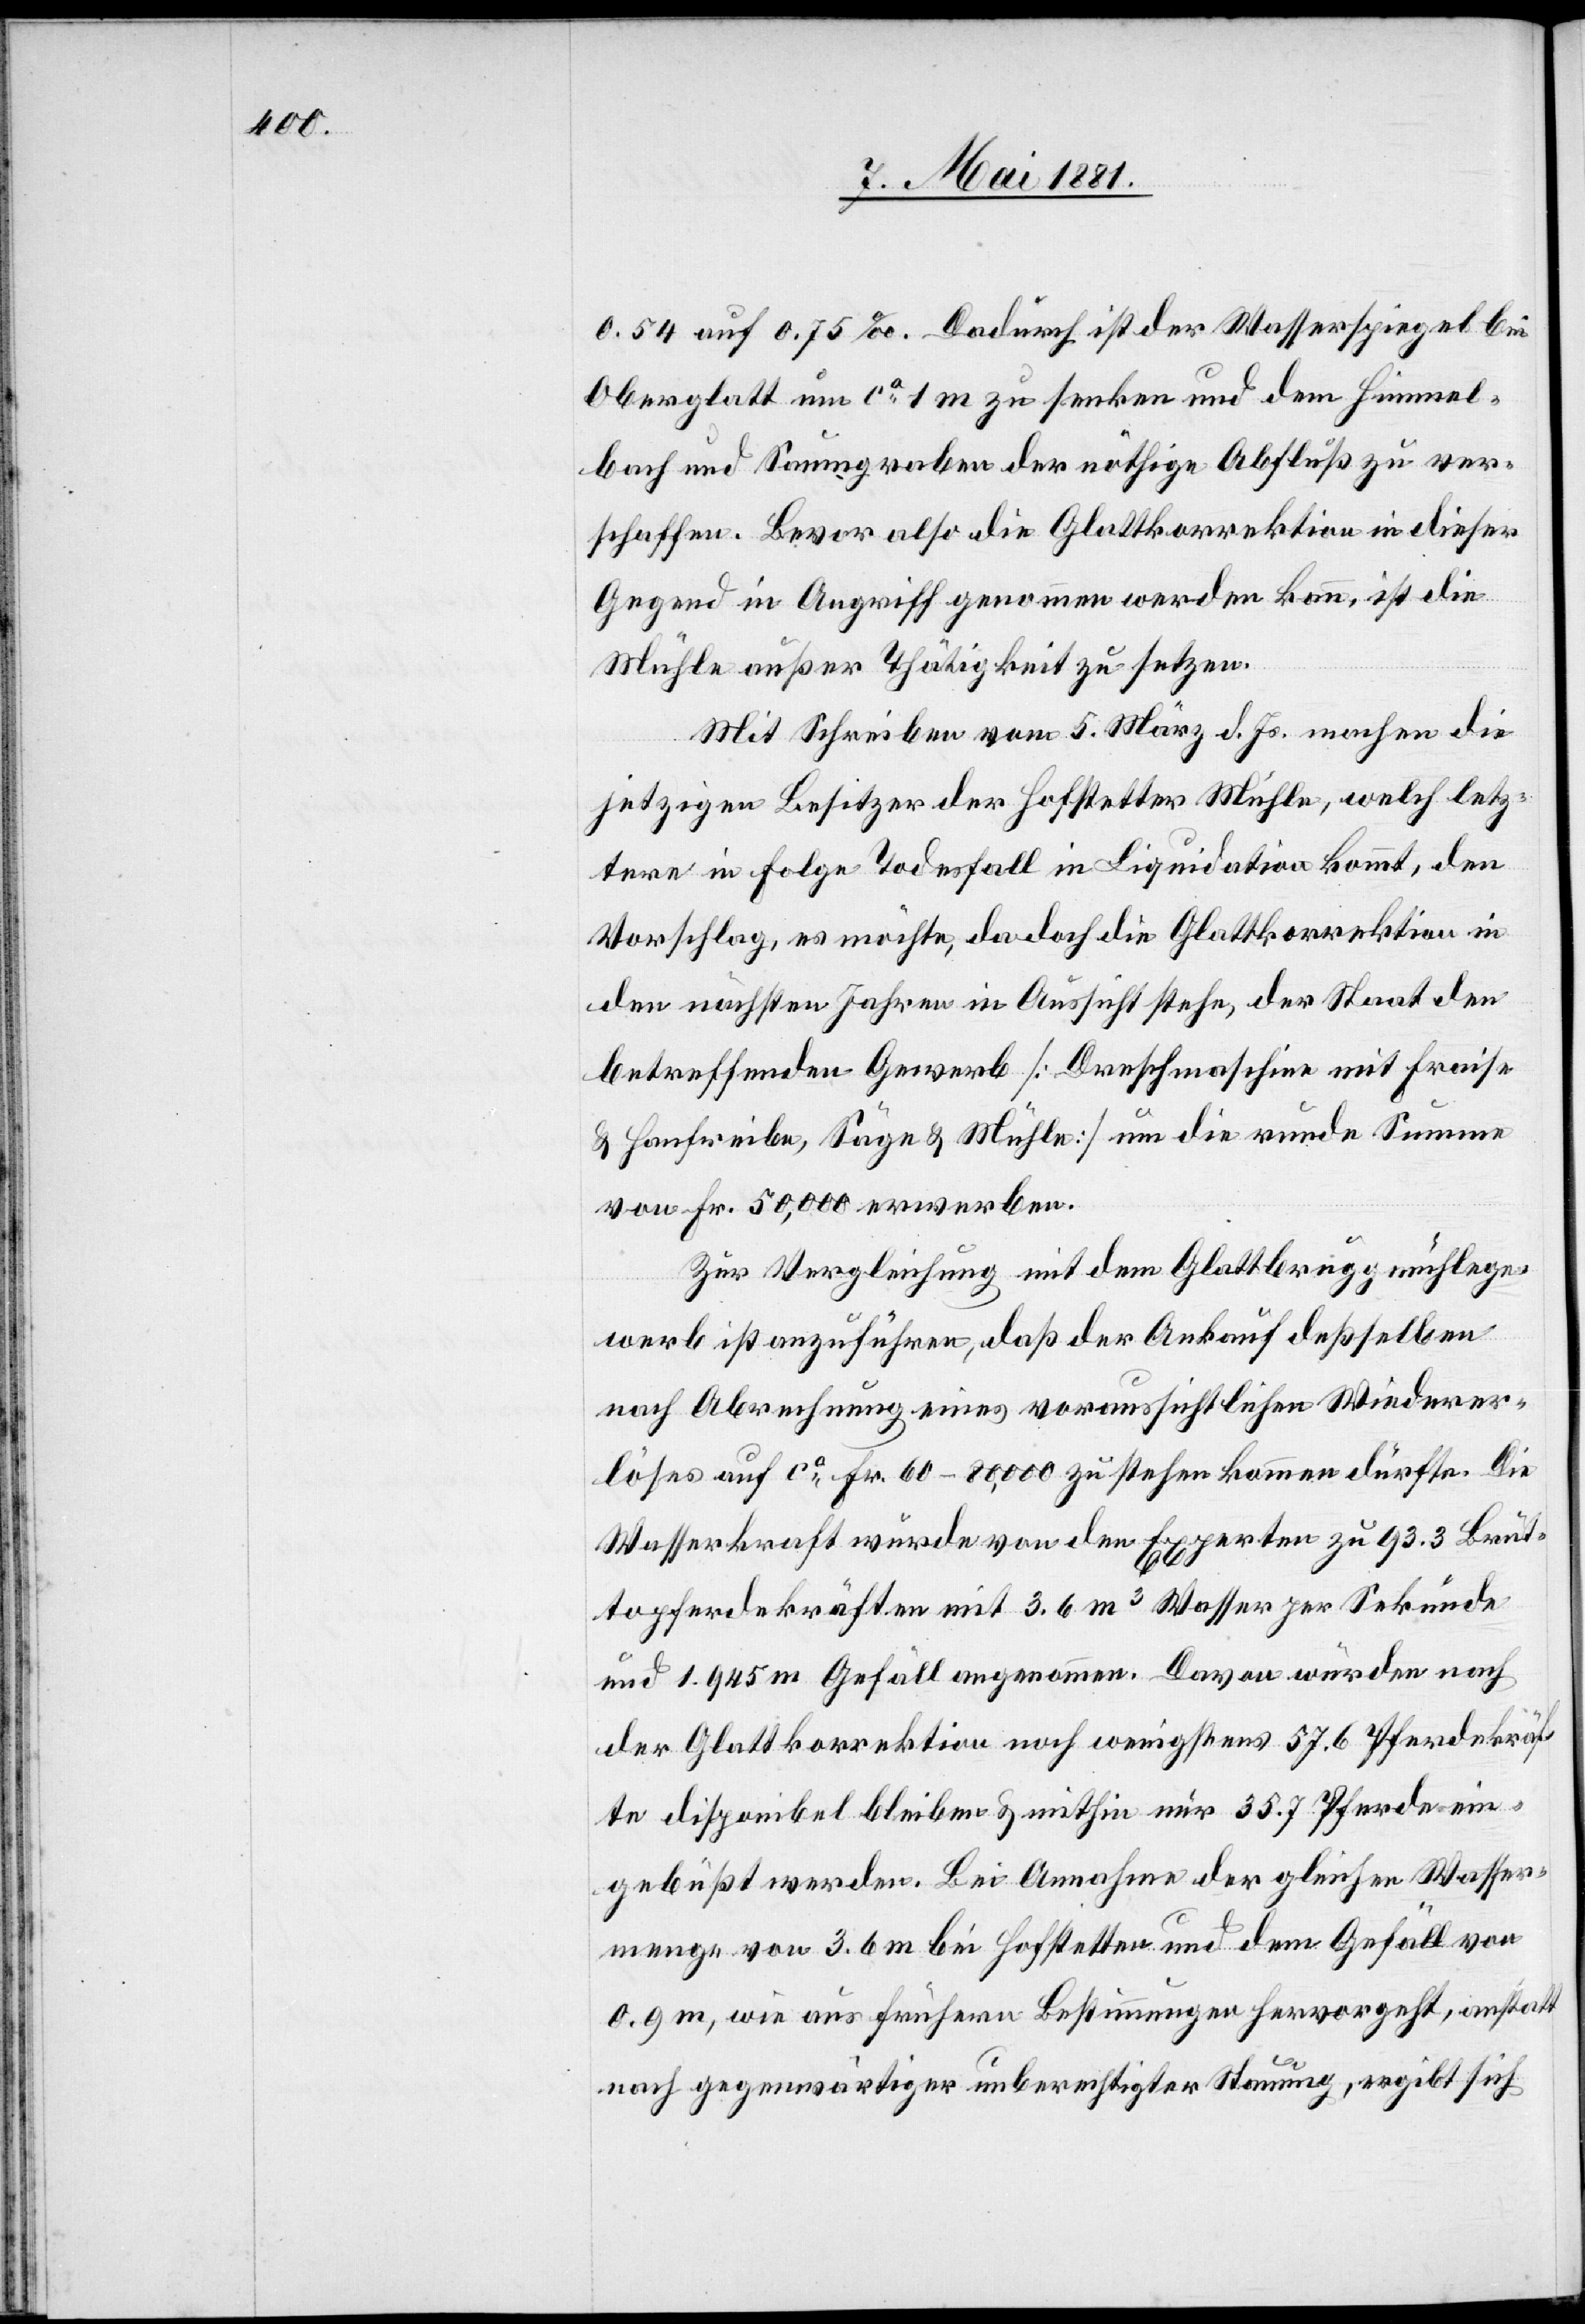
0.54 auf 0.75‰. Dadurch ist der Wasserspiegel bei
Oberglatt um ca 1 m zu senken und dem Himmel¬
bach und Saumgraben der nöthige Abfluß zu ver¬
schaffen. Bevor also die Glattkorrektion in dieser
Gegend in Angriff genommen werden kann, ist die
Mühle außer Thätigkeit zu setzen.
Mit Schreiben vom 5. März d. Js. machen die
jetzigen Besitzer der Hofstetter Mühle, welch letz¬
tere in Folge Todesfall in Liquidation kommt, den
Vorschlag, es möchte, da doch die Glattkorrektion in
den nächsten Jahren in Aussicht stehe, der Staat den
betreffenden Gewerb [Dreschmaschine mit Fraise
& Hanfreibe, Säge & Mühle] um die runde Summe
von Fr. 50,000 erwerben.
Zur Vergleichung mit dem Glattbruggmühlege¬
werb ist auszuführen, daß der Ankauf deßselben
nach Abrechnung eines voraussichtlichen Wiederer¬
löses auf ca Fr. 60–80,000 zu stehen kommen dürfte. Die
Wasserkraft wurde von den Experten zu 93.3 Brut¬
topferdekräften mit 3.6 m3 Wasser per Sekunde
und 1.945 m Gefäll angenommen. Davon würden nach
der Glattkorrektion noch wenigstens 57.6 Pferdekräf¬
te disponibel bleiben & mithin nur 35.7 Pferde ein¬
gebüßt werden. Bei Annahme der gleichen Wasser¬
menge von 3.6 m bei Hofstetten und dem Gefäll von
0.9 m, wie aus frühern Bestimmungen hervorgeht, anstatt
nach gegenwärtiger unberechtigter Stauung, ergibt sich